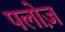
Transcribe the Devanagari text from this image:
पलोज़